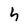
Character: h